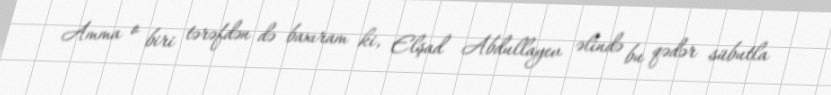
Amma o biri tərəfdən də baxıram ki, Elşad Abdullayev əlində bu qədər sübutla